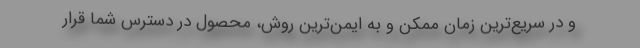
و در سریع­‌ترین زمان ممکن و به ایمن‌ترین روش، محصول در دسترس شما قرار